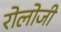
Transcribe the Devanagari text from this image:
रोलोजी